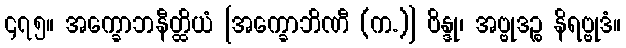
၄၇၅။ အက္ခောဘနီတ္ထိယံ [အက္ခောဘိဏီ (က.)] ဗိန္ဒု၊ အဗ္ဗုဒဉ္စ နိရဗ္ဗုဒံ။